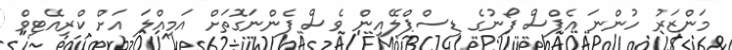
މަންޒަރު ހުންނަ އެޕްސް ފޯނުގެ ޑިސްޕްލޭއިން ވެސް ފެންނަގޮތަށް އަމިއްލަ އަށް ކްރިއޭޓިވް